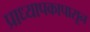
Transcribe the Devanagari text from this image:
प्राध्यापकापासून